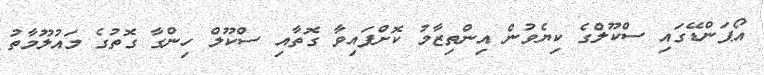
އޯޕަންޑޭގައި ސްކޫލްގެ ކިޔެވުން އިންތިޒާމު ކޮށްފައިވާ ގޮތާއި ސްކޫލް ހިންގާ ގޮތުގެ މައުލޫމާތު